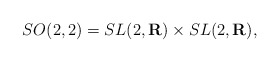
\begin{align*}SO(2,2)=SL(2,{\bf R})\times SL(2,{\bf R}), \end{align*}